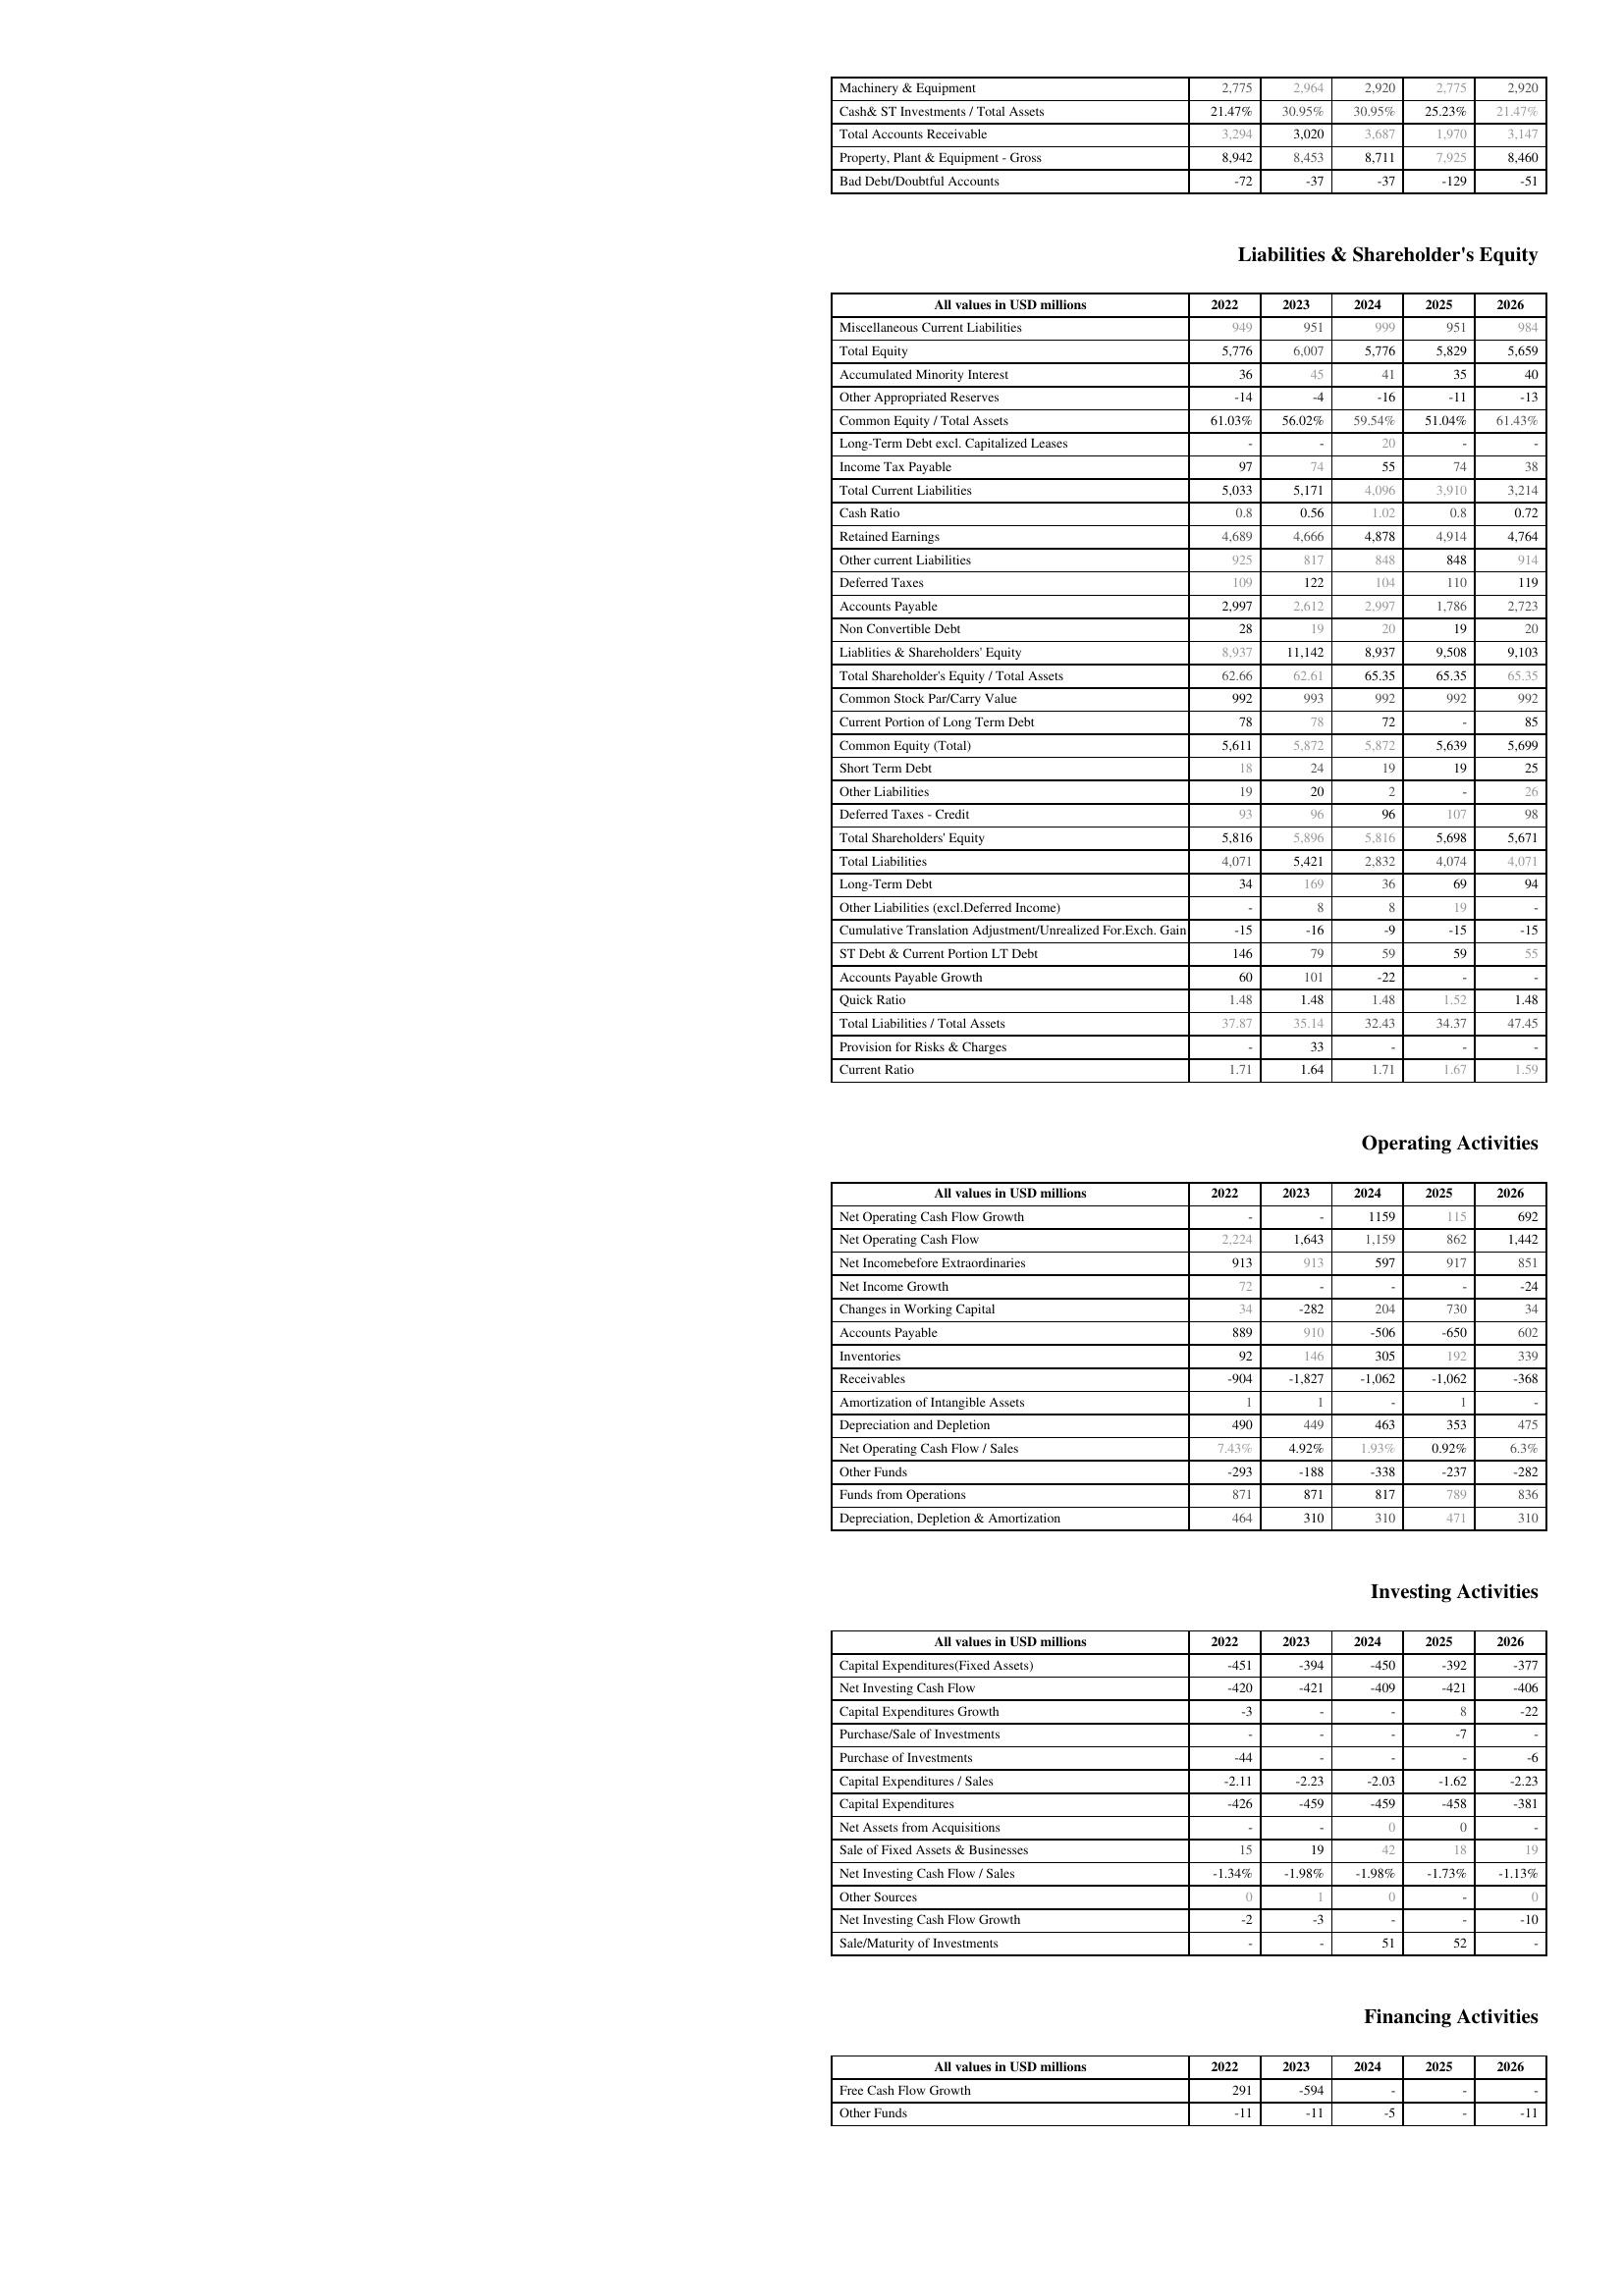
2022: Assets: Machinery & Equipment: 2,775
Cash& ST Investments / Total Assets: 21.47%
Total Accounts Receivable: 3,294
Property, Plant & Equipment - Gross : 8,942
Bad Debt/Doubtful Accounts: -72
Liabilities & Shareholder's Equity: Miscellaneous Current Liabilities: 949
Total Equity: 5,776
Accumulated Minority Interest: 36
Other Appropriated Reserves: -14
Common Equity / Total Assets: 61.03%
Long-Term Debt excl. Capitalized Leases: -
Income Tax Payable: 97
Total Current Liabilities: 5,033
Cash Ratio: 0.8
Retained Earnings: 4,689
Other current Liabilities: 925
Deferred Taxes: 109
Accounts Payable: 2,997
Non Convertible Debt: 28
Liablities & Shareholders' Equity: 8,937
Total Shareholder's Equity / Total Assets: 62.66
Common Stock Par/Carry Value: 992
Current Portion of Long Term Debt: 78
Common Equity (Total): 5,611
Short Term Debt: 18
Other Liabilities: 19
Deferred Taxes - Credit: 93
Total Shareholders' Equity: 5,816
Total Liabilities: 4,071
Long-Term Debt: 34
Other Liabilities (excl.Deferred Income): -
Cumulative Translation Adjustment/Unrealized For.Exch. Gain: -15
ST Debt & Current Portion LT Debt: 146
Accounts Payable Growth: 60
Quick Ratio: 1.48
Total Liabilities / Total Assets: 37.87
Provision for Risks & Charges: -
Current Ratio: 1.71
Operating Activities: Net Operating Cash Flow Growth: -
Net Operating Cash Flow: 2,224
Net Incomebefore Extraordinaries: 913
Net Income Growth: 72
Changes in Working Capital: 34
Accounts Payable: 889
Inventories: 92
Receivables: -904
Amortization of Intangible Assets: 1
Depreciation and Depletion: 490
Net Operating Cash Flow / Sales: 7.43%
Other Funds: -293
Funds from Operations: 871
Depreciation, Depletion & Amortization: 464
Investing Activities: Capital Expenditures(Fixed Assets): -451
Net Investing Cash Flow: -420
Capital Expenditures Growth: -3
Purchase/Sale of Investments: -
Purchase of Investments: -44
Capital Expenditures / Sales: -2.11
Capital Expenditures: -426
Net Assets from Acquisitions: -
Sale of Fixed Assets & Businesses: 15
Net Investing Cash Flow / Sales: -1.34%
Other Sources: 0
Net Investing Cash Flow Growth: -2
Sale/Maturity of Investments: -
Financing Activities: Free Cash Flow Growth: 291
Other Funds: -11
2023: Assets: Machinery & Equipment: 2,964
Cash& ST Investments / Total Assets: 30.95%
Total Accounts Receivable: 3,020
Property, Plant & Equipment - Gross : 8,453
Bad Debt/Doubtful Accounts: -37
Liabilities & Shareholder's Equity: Miscellaneous Current Liabilities: 951
Total Equity: 6,007
Accumulated Minority Interest: 45
Other Appropriated Reserves: -4
Common Equity / Total Assets: 56.02%
Long-Term Debt excl. Capitalized Leases: -
Income Tax Payable: 74
Total Current Liabilities: 5,171
Cash Ratio: 0.56
Retained Earnings: 4,666
Other current Liabilities: 817
Deferred Taxes: 122
Accounts Payable: 2,612
Non Convertible Debt: 19
Liablities & Shareholders' Equity: 11,142
Total Shareholder's Equity / Total Assets: 62.61
Common Stock Par/Carry Value: 993
Current Portion of Long Term Debt: 78
Common Equity (Total): 5,872
Short Term Debt: 24
Other Liabilities: 20
Deferred Taxes - Credit: 96
Total Shareholders' Equity: 5,896
Total Liabilities: 5,421
Long-Term Debt: 169
Other Liabilities (excl.Deferred Income): 8
Cumulative Translation Adjustment/Unrealized For.Exch. Gain: -16
ST Debt & Current Portion LT Debt: 79
Accounts Payable Growth: 101
Quick Ratio: 1.48
Total Liabilities / Total Assets: 35.14
Provision for Risks & Charges: 33
Current Ratio: 1.64
Operating Activities: Net Operating Cash Flow Growth: -
Net Operating Cash Flow: 1,643
Net Incomebefore Extraordinaries: 913
Net Income Growth: -
Changes in Working Capital: -282
Accounts Payable: 910
Inventories: 146
Receivables: -1,827
Amortization of Intangible Assets: 1
Depreciation and Depletion: 449
Net Operating Cash Flow / Sales: 4.92%
Other Funds: -188
Funds from Operations: 871
Depreciation, Depletion & Amortization: 310
Investing Activities: Capital Expenditures(Fixed Assets): -394
Net Investing Cash Flow: -421
Capital Expenditures Growth: -
Purchase/Sale of Investments: -
Purchase of Investments: -
Capital Expenditures / Sales: -2.23
Capital Expenditures: -459
Net Assets from Acquisitions: -
Sale of Fixed Assets & Businesses: 19
Net Investing Cash Flow / Sales: -1.98%
Other Sources: 1
Net Investing Cash Flow Growth: -3
Sale/Maturity of Investments: -
Financing Activities: Free Cash Flow Growth: -594
Other Funds: -11
2024: Assets: Machinery & Equipment: 2,920
Cash& ST Investments / Total Assets: 30.95%
Total Accounts Receivable: 3,687
Property, Plant & Equipment - Gross : 8,711
Bad Debt/Doubtful Accounts: -37
Liabilities & Shareholder's Equity: Miscellaneous Current Liabilities: 999
Total Equity: 5,776
Accumulated Minority Interest: 41
Other Appropriated Reserves: -16
Common Equity / Total Assets: 59.54%
Long-Term Debt excl. Capitalized Leases: 20
Income Tax Payable: 55
Total Current Liabilities: 4,096
Cash Ratio: 1.02
Retained Earnings: 4,878
Other current Liabilities: 848
Deferred Taxes: 104
Accounts Payable: 2,997
Non Convertible Debt: 20
Liablities & Shareholders' Equity: 8,937
Total Shareholder's Equity / Total Assets: 65.35
Common Stock Par/Carry Value: 992
Current Portion of Long Term Debt: 72
Common Equity (Total): 5,872
Short Term Debt: 19
Other Liabilities: 2
Deferred Taxes - Credit: 96
Total Shareholders' Equity: 5,816
Total Liabilities: 2,832
Long-Term Debt: 36
Other Liabilities (excl.Deferred Income): 8
Cumulative Translation Adjustment/Unrealized For.Exch. Gain: -9
ST Debt & Current Portion LT Debt: 59
Accounts Payable Growth: -22
Quick Ratio: 1.48
Total Liabilities / Total Assets: 32.43
Provision for Risks & Charges: -
Current Ratio: 1.71
Operating Activities: Net Operating Cash Flow Growth: 1159
Net Operating Cash Flow: 1,159
Net Incomebefore Extraordinaries: 597
Net Income Growth: -
Changes in Working Capital: 204
Accounts Payable: -506
Inventories: 305
Receivables: -1,062
Amortization of Intangible Assets: -
Depreciation and Depletion: 463
Net Operating Cash Flow / Sales: 1.93%
Other Funds: -338
Funds from Operations: 817
Depreciation, Depletion & Amortization: 310
Investing Activities: Capital Expenditures(Fixed Assets): -450
Net Investing Cash Flow: -409
Capital Expenditures Growth: -
Purchase/Sale of Investments: -
Purchase of Investments: -
Capital Expenditures / Sales: -2.03
Capital Expenditures: -459
Net Assets from Acquisitions: 0
Sale of Fixed Assets & Businesses: 42
Net Investing Cash Flow / Sales: -1.98%
Other Sources: 0
Net Investing Cash Flow Growth: -
Sale/Maturity of Investments: 51
Financing Activities: Free Cash Flow Growth: -
Other Funds: -5
2025: Assets: Machinery & Equipment: 2,775
Cash& ST Investments / Total Assets: 25.23%
Total Accounts Receivable: 1,970
Property, Plant & Equipment - Gross : 7,925
Bad Debt/Doubtful Accounts: -129
Liabilities & Shareholder's Equity: Miscellaneous Current Liabilities: 951
Total Equity: 5,829
Accumulated Minority Interest: 35
Other Appropriated Reserves: -11
Common Equity / Total Assets: 51.04%
Long-Term Debt excl. Capitalized Leases: -
Income Tax Payable: 74
Total Current Liabilities: 3,910
Cash Ratio: 0.8
Retained Earnings: 4,914
Other current Liabilities: 848
Deferred Taxes: 110
Accounts Payable: 1,786
Non Convertible Debt: 19
Liablities & Shareholders' Equity: 9,508
Total Shareholder's Equity / Total Assets: 65.35
Common Stock Par/Carry Value: 992
Current Portion of Long Term Debt: -
Common Equity (Total): 5,639
Short Term Debt: 19
Other Liabilities: -
Deferred Taxes - Credit: 107
Total Shareholders' Equity: 5,698
Total Liabilities: 4,074
Long-Term Debt: 69
Other Liabilities (excl.Deferred Income): 19
Cumulative Translation Adjustment/Unrealized For.Exch. Gain: -15
ST Debt & Current Portion LT Debt: 59
Accounts Payable Growth: -
Quick Ratio: 1.52
Total Liabilities / Total Assets: 34.37
Provision for Risks & Charges: -
Current Ratio: 1.67
Operating Activities: Net Operating Cash Flow Growth: 115
Net Operating Cash Flow: 862
Net Incomebefore Extraordinaries: 917
Net Income Growth: -
Changes in Working Capital: 730
Accounts Payable: -650
Inventories: 192
Receivables: -1,062
Amortization of Intangible Assets: 1
Depreciation and Depletion: 353
Net Operating Cash Flow / Sales: 0.92%
Other Funds: -237
Funds from Operations: 789
Depreciation, Depletion & Amortization: 471
Investing Activities: Capital Expenditures(Fixed Assets): -392
Net Investing Cash Flow: -421
Capital Expenditures Growth: 8
Purchase/Sale of Investments: -7
Purchase of Investments: -
Capital Expenditures / Sales: -1.62
Capital Expenditures: -458
Net Assets from Acquisitions: 0
Sale of Fixed Assets & Businesses: 18
Net Investing Cash Flow / Sales: -1.73%
Other Sources: -
Net Investing Cash Flow Growth: -
Sale/Maturity of Investments: 52
Financing Activities: Free Cash Flow Growth: -
Other Funds: -
2026: Assets: Machinery & Equipment: 2,920
Cash& ST Investments / Total Assets: 21.47%
Total Accounts Receivable: 3,147
Property, Plant & Equipment - Gross : 8,460
Bad Debt/Doubtful Accounts: -51
Liabilities & Shareholder's Equity: Miscellaneous Current Liabilities: 984
Total Equity: 5,659
Accumulated Minority Interest: 40
Other Appropriated Reserves: -13
Common Equity / Total Assets: 61.43%
Long-Term Debt excl. Capitalized Leases: -
Income Tax Payable: 38
Total Current Liabilities: 3,214
Cash Ratio: 0.72
Retained Earnings: 4,764
Other current Liabilities: 914
Deferred Taxes: 119
Accounts Payable: 2,723
Non Convertible Debt: 20
Liablities & Shareholders' Equity: 9,103
Total Shareholder's Equity / Total Assets: 65.35
Common Stock Par/Carry Value: 992
Current Portion of Long Term Debt: 85
Common Equity (Total): 5,699
Short Term Debt: 25
Other Liabilities: 26
Deferred Taxes - Credit: 98
Total Shareholders' Equity: 5,671
Total Liabilities: 4,071
Long-Term Debt: 94
Other Liabilities (excl.Deferred Income): -
Cumulative Translation Adjustment/Unrealized For.Exch. Gain: -15
ST Debt & Current Portion LT Debt: 55
Accounts Payable Growth: -
Quick Ratio: 1.48
Total Liabilities / Total Assets: 47.45
Provision for Risks & Charges: -
Current Ratio: 1.59
Operating Activities: Net Operating Cash Flow Growth: 692
Net Operating Cash Flow: 1,442
Net Incomebefore Extraordinaries: 851
Net Income Growth: -24
Changes in Working Capital: 34
Accounts Payable: 602
Inventories: 339
Receivables: -368
Amortization of Intangible Assets: -
Depreciation and Depletion: 475
Net Operating Cash Flow / Sales: 6.3%
Other Funds: -282
Funds from Operations: 836
Depreciation, Depletion & Amortization: 310
Investing Activities: Capital Expenditures(Fixed Assets): -377
Net Investing Cash Flow: -406
Capital Expenditures Growth: -22
Purchase/Sale of Investments: -
Purchase of Investments: -6
Capital Expenditures / Sales: -2.23
Capital Expenditures: -381
Net Assets from Acquisitions: -
Sale of Fixed Assets & Businesses: 19
Net Investing Cash Flow / Sales: -1.13%
Other Sources: 0
Net Investing Cash Flow Growth: -10
Sale/Maturity of Investments: -
Financing Activities: Free Cash Flow Growth: -
Other Funds: -11